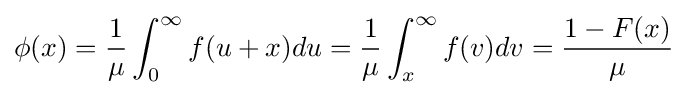
\phi (x)={\frac {1}{\mu }}\int _{0}^{\infty }f(u+x)du={\frac {1}{\mu }}\int _{x}^{\infty }f(v)dv={\frac {1-F(x)}{\mu }}